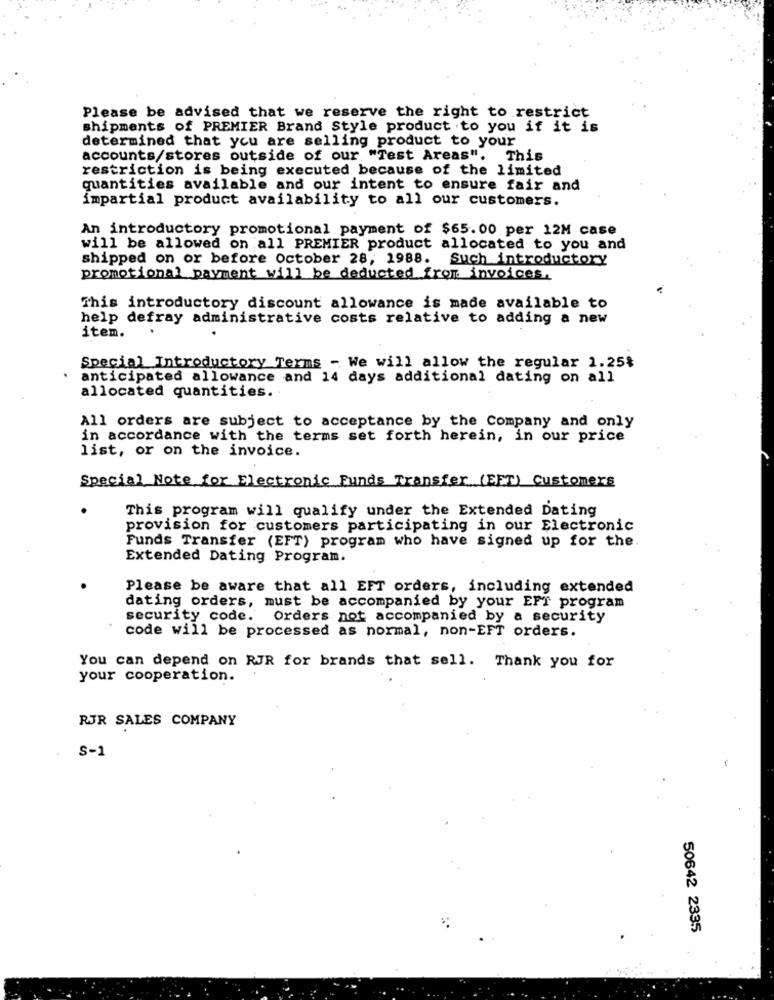
Please be advised that we reserve the right to restrict
shipments of PREMIER Brand Style product to you if it is
determined that you are selling product to your
accounts/stores outside of our "Test Areas". This
restriction is being executed because of the limited
quantities available and our intent to ensure fair and
impartial product availability to all our customers.
An introductory promotional payment of $65.00 per 12M case
will be allowed on all PREMIER product allocated to you and
shipped on or before October 28, 1988. Such introductory
promotional payment will be deducted from invoices.
This introductory discount allowance is made available to
help defray administrative costs relative to adding a new
item.
Special Introductory Terms - We will allow the regular 1.25%
anticipated allowance and 14 days additional dating on all
allocated quantities ..
All orders are subject to acceptance by the Company and only
in accordance with the terms set forth herein, in our price
list, or on the invoice.
Special Note for Electronic Funds Transfer (EET) Customers
This program will qualify under the Extended Dating
provision for customers participating in our Electronic
Funds Transfer (EFT) program who have signed up for the
Extended Dating Program.
Please be aware that all EFT orders, including extended
dating orders, must be accompanied by your EFT program
security code. Orders not accompanied by a security
code will be processed as normal, non-EFT orders.
You can depend on RJR for brands that sell. Thank you for
your cooperation.
RJR SALES COMPANY
S-1
50642 2335